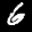
Label: 6